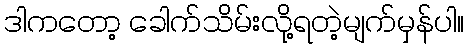
ဒါကတော့ ခေါက်သိမ်းလို့ရတဲ့မျက်မှန်ပါ။